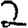
Digit: 2